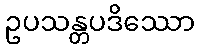
ဥပသန္တပဒိဿော